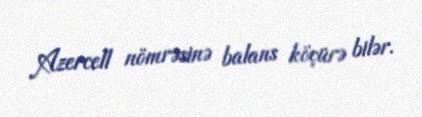
Azercell nömrəsinə balans köçürə bilər.